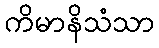
ကိမာနိသံသာ